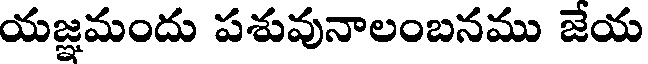
యజ్ఞమందు పశువునాలంబనము జేయ